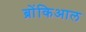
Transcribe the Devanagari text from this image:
ब्रोंकिआल